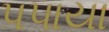
પપાયા